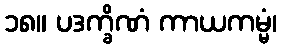
၁၈။ ပဒက္ခိဏံ ကာယကမ္မံ၊